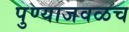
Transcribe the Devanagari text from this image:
पुण्याजवळच